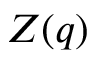
Z ( q )